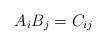
LaTeX: \begin{align*}A_{i}B_{j}=C_{ij}\end{align*}